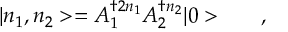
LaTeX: { } | n _ { 1 } , n _ { 2 } > = A _ { 1 } ^ { \dagger 2 { n _ { 1 } } } A _ { 2 } ^ { \dagger { n _ { 2 } } } | 0 > \qquad ,